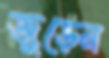
জুড়েন